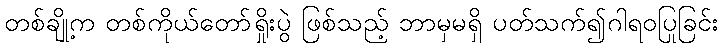
တစ်ချို့က တစ်ကိုယ်တော်ရှိုးပွဲ ဖြစ်သည့် ဘာမှမရှိ ပတ်သက်၍ဂါရဝပြုခြင်း